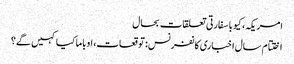
امریکہ، کیوبا سفارتی تعلقات بحال
اختتام سال اخباری کانفرنس: توقعات، اوباما کیا کہیں گے؟